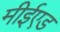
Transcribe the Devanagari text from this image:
मीईएड